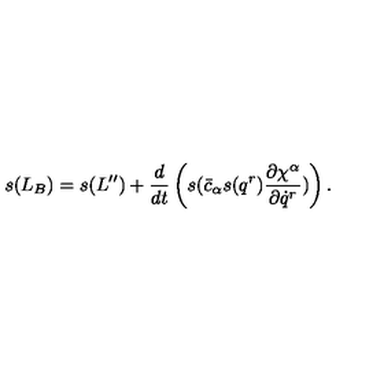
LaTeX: s ( L _ { B } ) = s ( L ^ { \prime \prime } ) + \frac { d } { d t } \left( s ( \bar { c } _ { \alpha } s ( q ^ { r } ) \frac { \partial \chi ^ { \alpha } } { \partial \dot { q } ^ { r } } ) \right) .